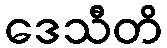
ဒေသီတိ